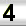
Digit: 4